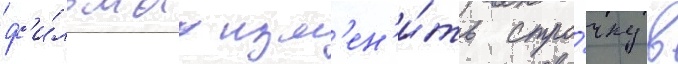
ф'и́льма изм'ен'и́ть стро́чку в